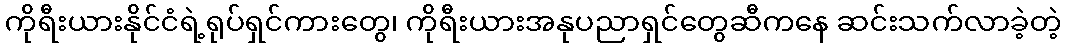
ကိုရီးယားနိုင်ငံရဲ့ရုပ်ရှင်ကားတွေ၊ ကိုရီးယားအနုပညာရှင်တွေဆီကနေ ဆင်းသက်လာခဲ့တဲ့